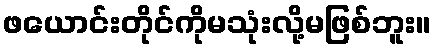
ဖယောင်းတိုင်ကိုမသုံးလို့မဖြစ်ဘူး။